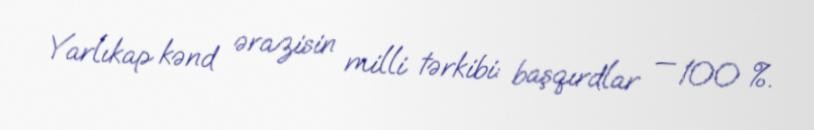
Yarlıkap kənd ərazisin milli tərkibi: başqırdlar — 100 %.